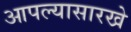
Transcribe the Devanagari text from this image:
आपल्यासारखे